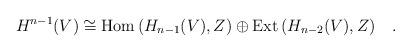
LaTeX: \begin{align*}H^{n-1}(V)\cong {\rm Hom}\, (H_{n-1}(V),Z)\oplus {\rm Ext}\, (H_{n-2}(V),Z)\quad .\end{align*}